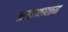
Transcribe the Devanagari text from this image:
आढाव्यावरून